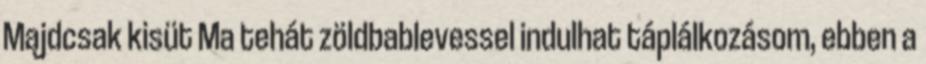
Majdcsak kisüt Ma tehát zöldbablevessel indulhat táplálkozásom, ebben a